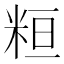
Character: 𥹚